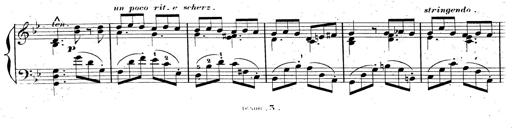
Title: AnnÃ©es de pÃ¨lerinage II, SupplÃ©ment
Composer: Franz Liszt